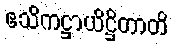
ဧသိကဋ္ဌာယိဋ္ဌိတာတိ